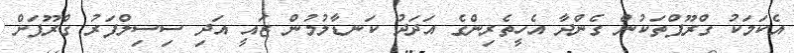
އެކަަމަކު ގްރޫޕްތަކުން ގެންދާ އެހީތެރިންގެ އަދަދު ކަނޑާލުމުން ޒައީ އަދި ސިސިލްފަރު ގްރޫޕަށް